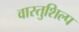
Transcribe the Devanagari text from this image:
वास्‍तुशिल्प